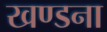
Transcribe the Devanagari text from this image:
खण्डना